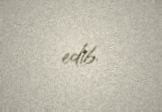
edib.